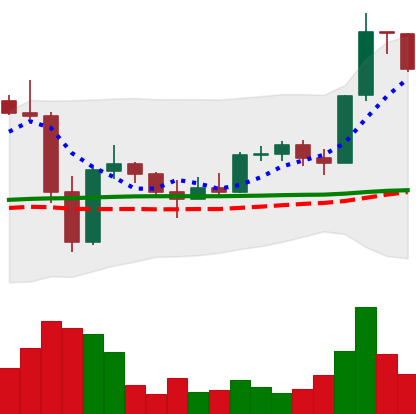
Ticker: LTC-USD
Chart end date: 2022-11-25
Forward return: 7.117%
Label: up_7plus